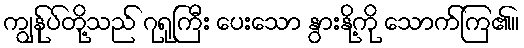
ကျွန်ုပ်တို့သည် ဂုရုကြီး ပေးသော နွားနို့ကို သောက်ကြ၏။